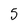
Character: 5